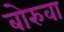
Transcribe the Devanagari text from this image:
बोरुवा